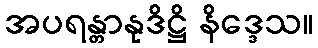
အပရန္တာနုဒိဋ္ဌိ နိဒ္ဒေသ။